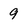
Character: 9